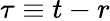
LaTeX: \tau\equiv t-r